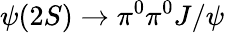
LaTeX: \psi(2S)\to\pi^{0}\pi^{0}J/\psi